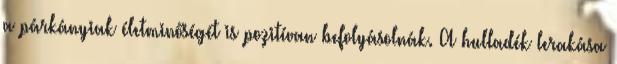
a párkányiak életminőségét is pozitívan befolyásolnák. A hulladék lerakása